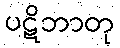
ပဋိဘာတု